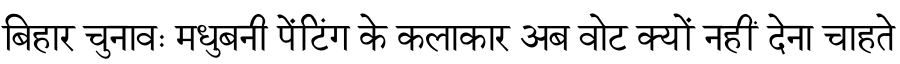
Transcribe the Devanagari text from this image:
बिहार चुनावः मधुबनी पेंटिंग के कलाकार अब वोट क्यों नहीं देना चाहते